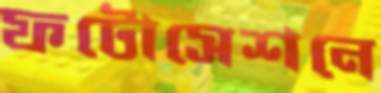
ফটোসেশনে